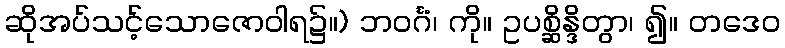
ဆိုအပ်သင့်သောဇောဝါရ၌။) ဘဝင်္ဂံ၊ ကို။ ဥပစ္ဆိန္ဒိတွာ၊ ၍။ တဒေဝ